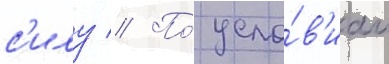
с'илу // По́ усло́в'иам